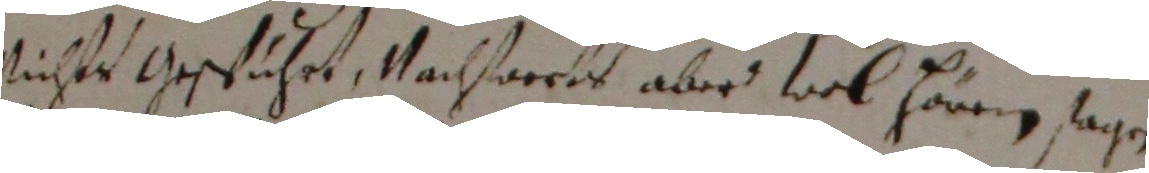
sichts gesführt, Nachwerbs aber wol hörrn sagen